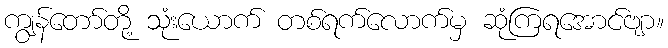
ကျွန်တော်တို့ သုံးယောက် တစ်ရက်လောက်မှ ဆုံကြရအောင်ဗျာ။